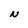
Character: N